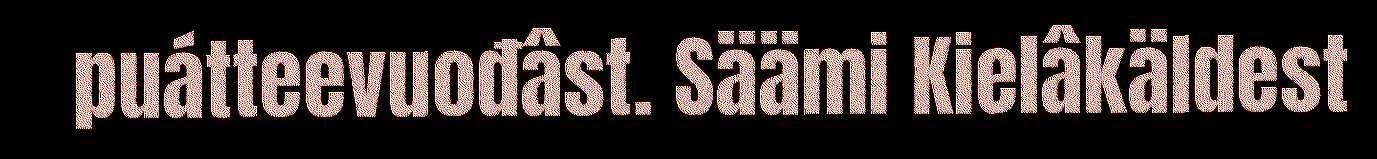
puátteevuođâst. Säämi Kielâkäldest